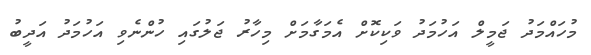
މުހައްމަދު ޖަމީލް އަހުމަދު ވަކިކޮށް އެމަގާމަށް މިހާރު ޖަލުގައި ހުންނެވި އަހުމަދު އަދީބު